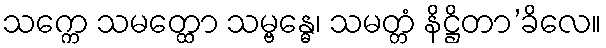
သက္ကေ သမတ္ထော သမ္ဗန္ဓေ၊ သမတ္တံ နိဋ္ဌိတာ’ခိလေ။